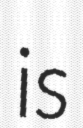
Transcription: is